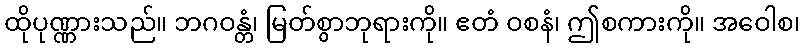
ထိုပုဏ္ဏားသည်။ ဘဂဝန္တံ၊ မြတ်စွာဘုရားကို။ ဧတံ ဝစနံ၊ ဤစကားကို။ အဝေါစ၊